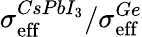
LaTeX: \sigma_{\textup{eff}}^{CsPbI_{3}}/\sigma_{\textup{eff}}^{Ge}